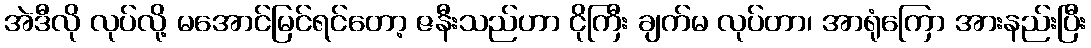
အဲဒီလို လုပ်လို့ မအောင်မြင်ရင်တော့ ဇနီးသည်ဟာ ငိုကြီး ချက်မ လုပ်တာ၊ အာရုံကြော အားနည်းပြီး